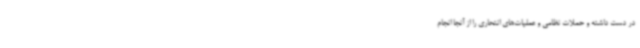
در دست داشته و حملات نظامی و عملیات‌های انتحاری را از آنجا انجام